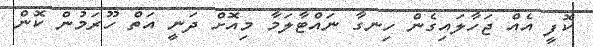
ކޮފީ އެއް ޖަހާލައިގެން ހިނގާ ނައްޓާލަމާ މިއޮށް ދަނީ އަތް ހޫރަމުން ކޮން